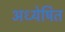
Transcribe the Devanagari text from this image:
अध्येषित